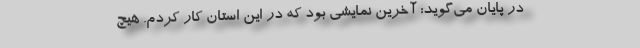
در پایان می‌گوید: آخرین نمایشی بود که در این استان کار کردم. هیچ